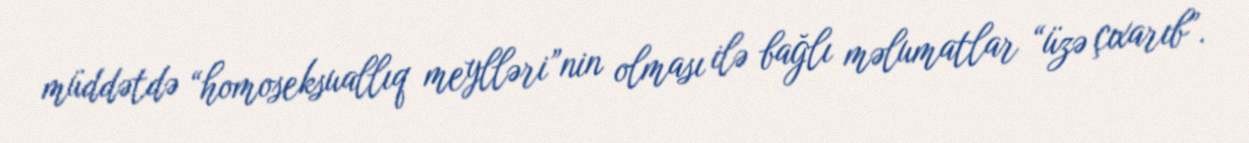
müddətdə “homoseksuallıq meylləri”nin olması ilə bağlı məlumatlar “üzə çıxarıb”.